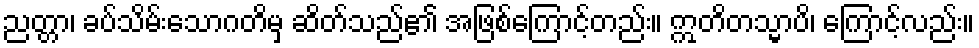
ညတ္တာ၊ ခပ်သိမ်းသောဂတိမှ ဆိတ်သည်၏ အဖြစ်ကြောင့်တည်း။ ဣတိတသ္မာပိ၊ ကြောင့်လည်း။